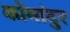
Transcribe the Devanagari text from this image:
कोमांदुर